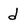
Character: d